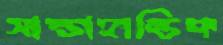
সাপ্তাহান্তিক